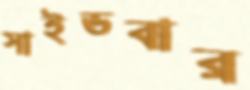
সাইডবার